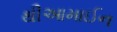
થીઆમાઈન